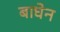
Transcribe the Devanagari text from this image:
बाघेन